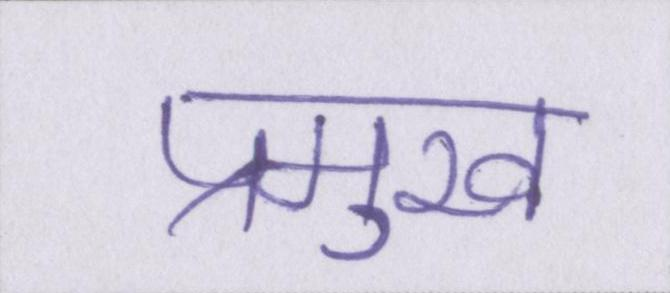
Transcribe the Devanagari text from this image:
प्रमुख